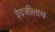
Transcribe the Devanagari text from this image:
इंग्रजीलाच